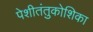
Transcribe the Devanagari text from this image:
पेशीतंतुकोशिका